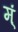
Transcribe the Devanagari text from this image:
म्ं